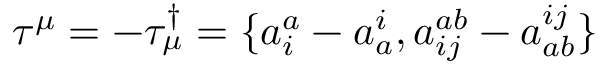
\tau ^ { \mu } = - \tau _ { \mu } ^ { \dagger } = \{ a _ { i } ^ { a } - a _ { a } ^ { i } , a _ { i j } ^ { a b } - a _ { a b } ^ { i j } \}